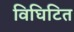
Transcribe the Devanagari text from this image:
विघिटित